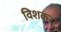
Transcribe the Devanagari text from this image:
विशकर